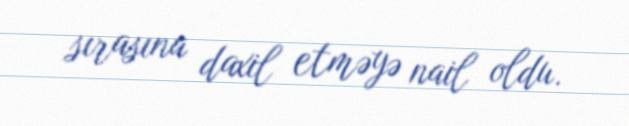
sırasına daxil etməyə nail oldu.